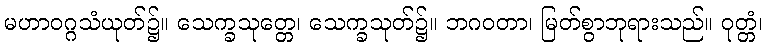
မဟာဝဂ္ဂသံယုတ်၌။ သေက္ခသုတ္တေ၊ သေက္ခသုတ်၌။ ဘဂဝတာ၊ မြတ်စွာဘုရားသည်။ ဝုတ္တံ၊